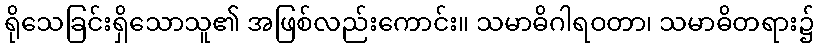
ရိုသေခြင်းရှိသောသူ၏ အဖြစ်လည်းကောင်း။ သမာဓိဂါရဝတာ၊ သမာဓိတရား၌